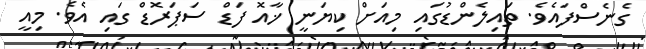
ގެނެސްފައެވެ. ތައިލެންޑުގައި މިއަށް ކިޔަނީ ޚާއޮ ފަޑް ސަޕަރޮޑް ގައި އެވެ. މިއީ